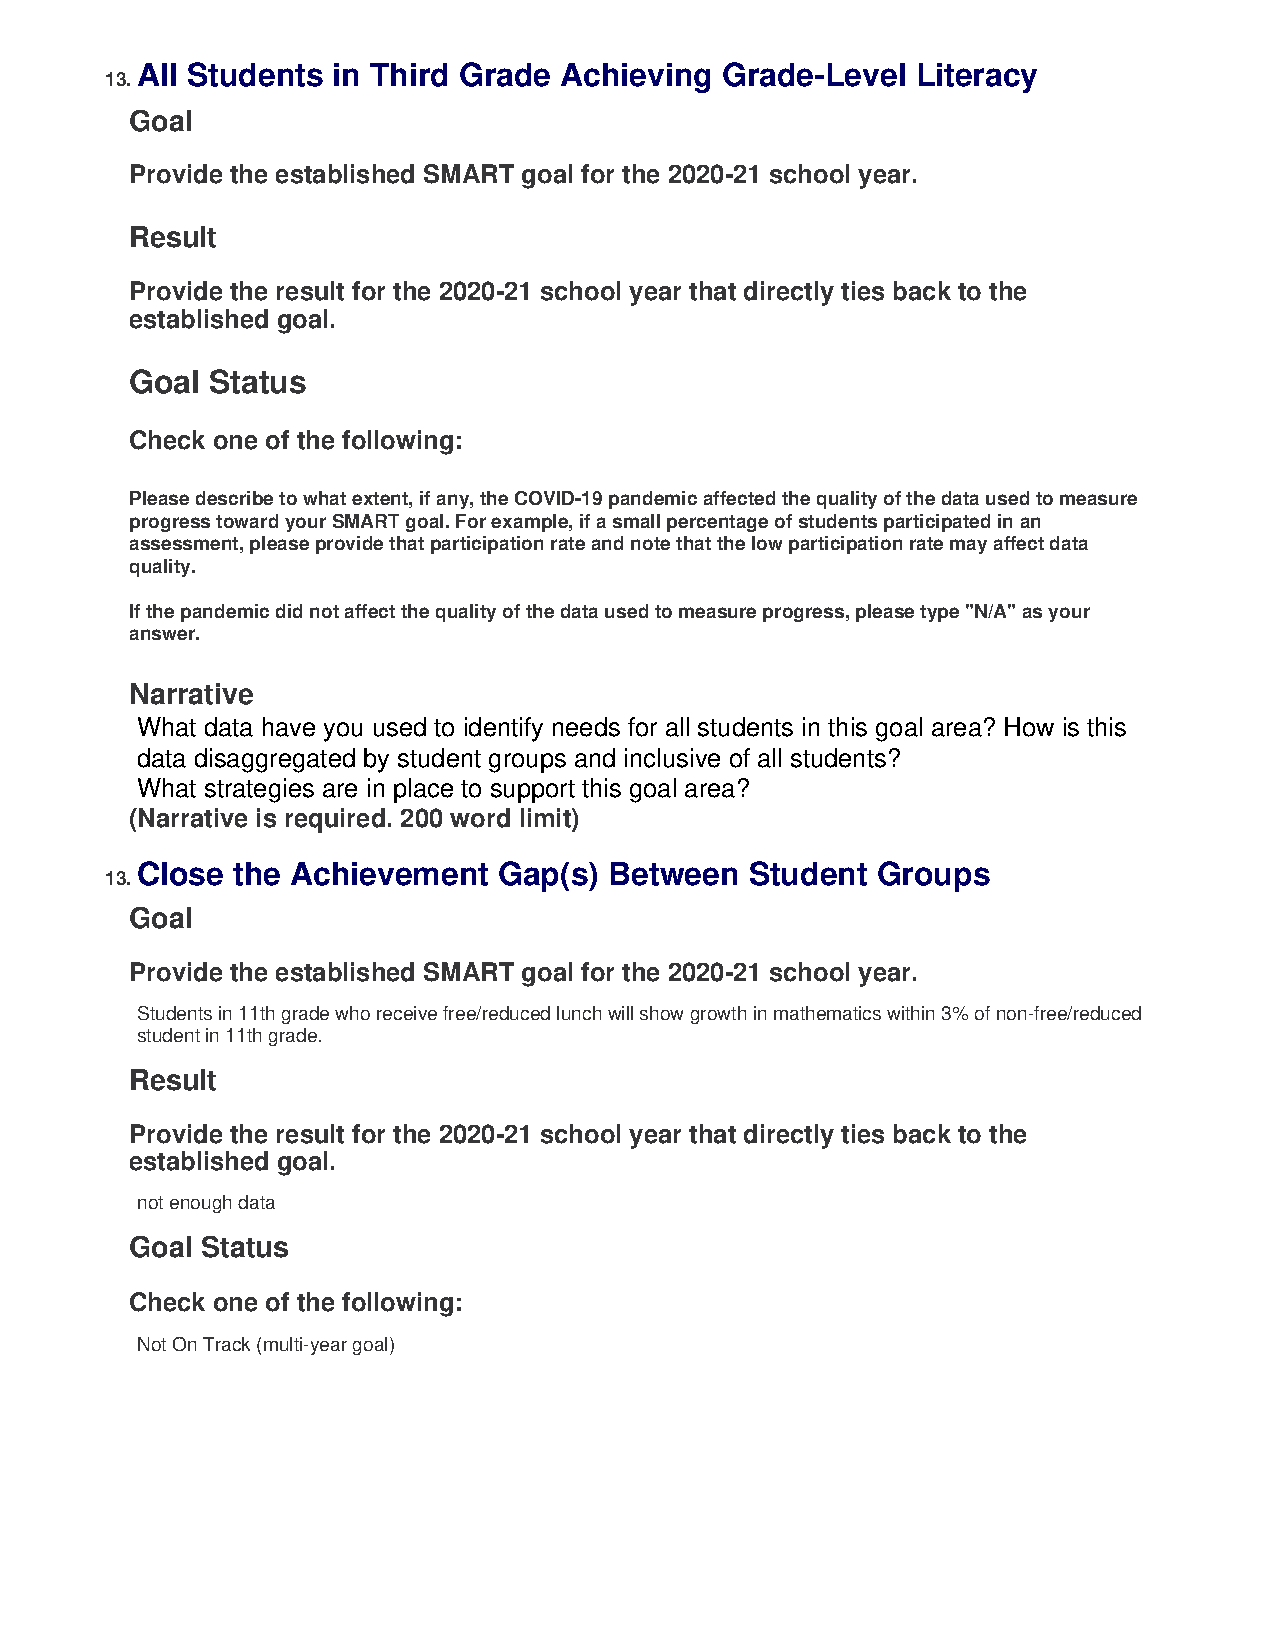
All Students in Third Grade Achieving  Grade-Level  Literacy
 13.
 Goal
 Provide the established SMART goal for the 2020-21 school year.
 Result
 Provide the result for the 2020-21 school year that directly ties back to the
 established goal.
 Goal Status
 Check one of the following:
 Please describe to what extent, if any, the COVID-19 pandemic affected the quality of the data used to measure
 progress toward your SMART goal. For example, if a small percentage of students participated in an
 assessment, please provide that participation rate and note that the low participation rate may affect data
 quality.
 If the pandemic did not affect the quality of the data used to measure progress, please type "N/A" as your
 answer.
 Narrative
 What data have you used to identify needs for all students in this goal area? How is this
 data disaggregated by student groups and inclusive of all students?
 What strategies are in place to support this goal area?
 (Narrative is required. 200 word limit)
 Close the Achievement   Gap(s) Between   Student Groups
 13.
 Goal
 Provide the established SMART goal for the 2020-21 school year.
 Students in 11th grade who receive free/reduced lunch will show growth in mathematics within 3% of non-free/reduced
 student in 11th grade.
 Result
 Provide the result for the 2020-21 school year that directly ties back to the
 established goal.
 not enough data
 Goal Status
 Check one of the following:
 Not On Track (multi-year goal)